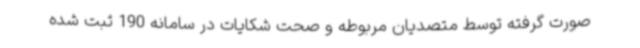
صورت گرفته توسط متصدیان مربوطه و صحت شکایات در سامانه 190 ثبت شده